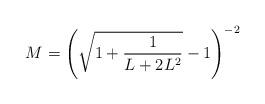
LaTeX: \begin{align*}M=\left(\sqrt{1+\frac{1}{L+2L^2}}-1\right)^{-2}\end{align*}